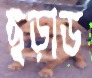
ছড়াড